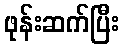
ဖုန်းဆက်ပြီး